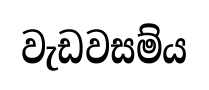
වැඩවසම්ය